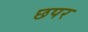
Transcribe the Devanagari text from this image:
छपर